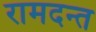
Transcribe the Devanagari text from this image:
रामदन्त